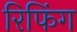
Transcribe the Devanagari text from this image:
रिफिंग